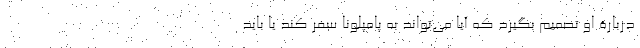
در‌بارۀ او تصمیم بگیرد که آیا می‌تواند به پامپلونا سفر کند یا باید